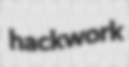
hackwork